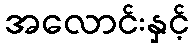
အလောင်းနှင့်